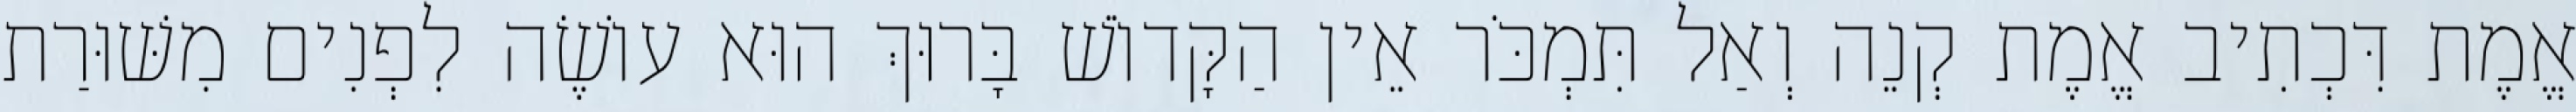
אֱמֶת דִּכְתִיב אֱמֶת קְנֵה וְאַל תִּמְכֹּר אֵין הַקָּדוֹשׁ בָּרוּךְ הוּא עוֹשֶׂה לִפְנִים מִשּׁוּרַת